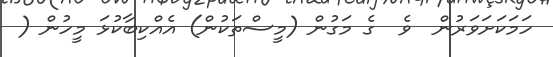
ހަމަކަށަވަރުން  ވެ  ގެ މަގުން (މީސްތަކުން) އެއްކިބާކުޅަ މީހުން (